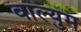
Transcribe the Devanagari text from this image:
वाल्युम